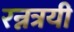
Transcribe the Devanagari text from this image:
रन्नत्रयी